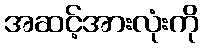
အဆင့်အားလုံးကို